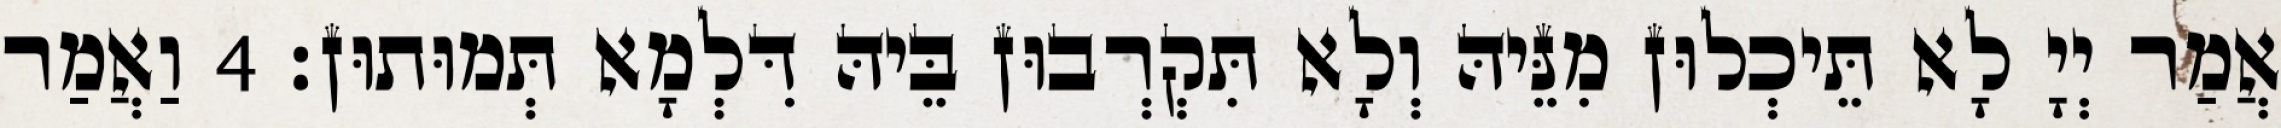
אֲמַר יְיָ לָא תֵּיכְלוּן מִנֵּיהּ וְלָא תִּקְרְבוּן בֵּיהּ דִּלְמָא תְּמוּתוּן׃ 4 וַאֲמַר